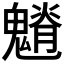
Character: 𩴎